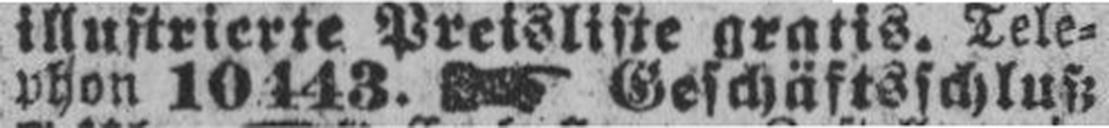
phon 10443. Geschäftsschluß